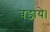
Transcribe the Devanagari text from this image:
बडाये।